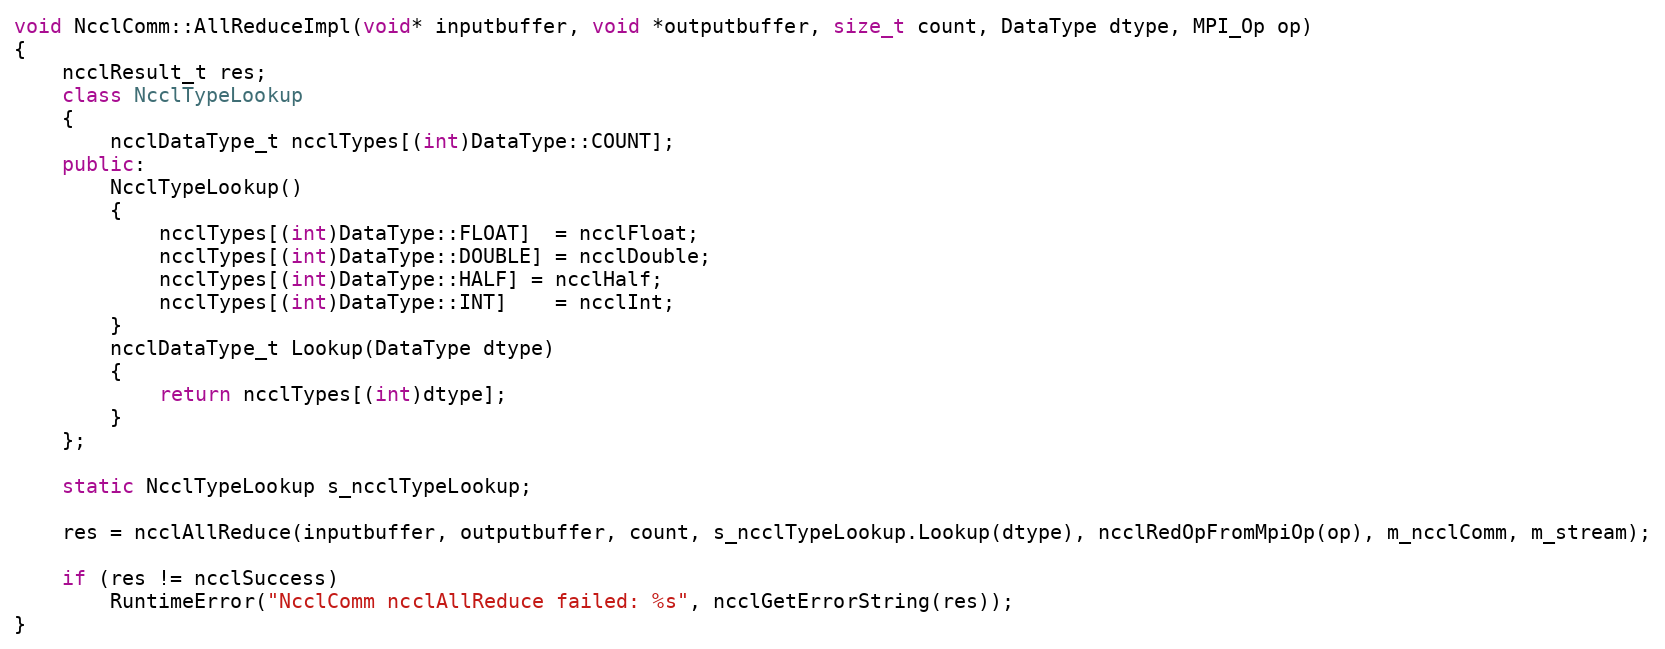
Language: C++
void NcclComm::AllReduceImpl(void* inputbuffer, void *outputbuffer, size_t count, DataType dtype, MPI_Op op)
{
    ncclResult_t res;
    class NcclTypeLookup
    {
        ncclDataType_t ncclTypes[(int)DataType::COUNT];
    public:
        NcclTypeLookup()
        {
            ncclTypes[(int)DataType::FLOAT]  = ncclFloat;
            ncclTypes[(int)DataType::DOUBLE] = ncclDouble;
            ncclTypes[(int)DataType::HALF] = ncclHalf;
            ncclTypes[(int)DataType::INT]    = ncclInt;
        }
        ncclDataType_t Lookup(DataType dtype)
        {
            return ncclTypes[(int)dtype];
        }
    };

    static NcclTypeLookup s_ncclTypeLookup;

    res = ncclAllReduce(inputbuffer, outputbuffer, count, s_ncclTypeLookup.Lookup(dtype), ncclRedOpFromMpiOp(op), m_ncclComm, m_stream);

    if (res != ncclSuccess)
        RuntimeError("NcclComm ncclAllReduce failed: %s", ncclGetErrorString(res));
}